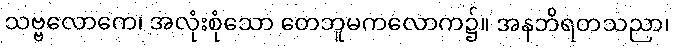
သဗ္ဗလောကေ၊ အလုံးစုံသော တေဘူမကလောက၌။ အနဘိရတသညာ၊